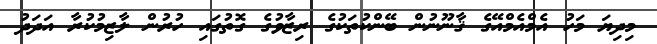
މިދިޔަ މަހު އެމްއެމްއޭގެ ޤާނޫނުން ބޭންކުތަކުގެ ރިޒާވުގެ ގޮތުގައި ހުރުން ލާޒިމުކުރާ އަދަދު